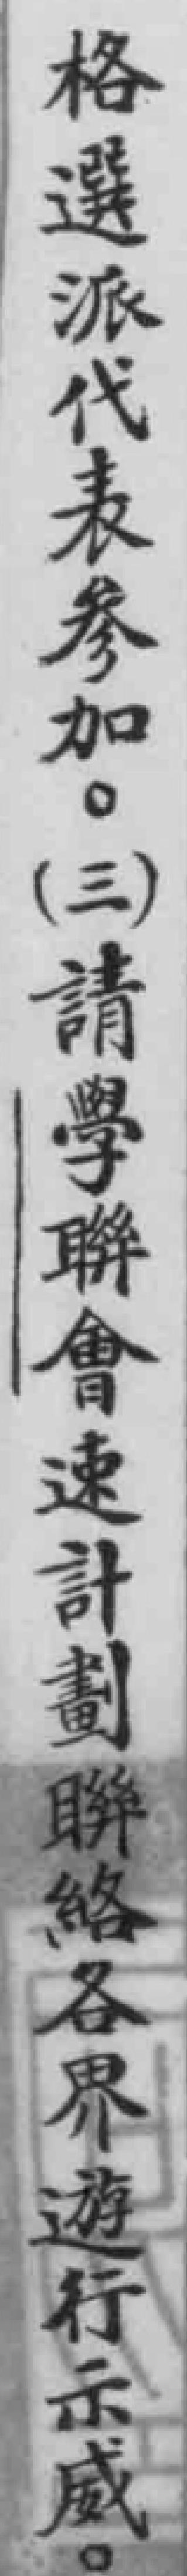
格選派代表參加。（三）請學聯會速計劃聯絡各界遊行示威。